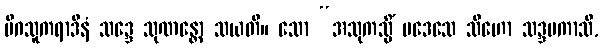
မိဂသူကရာဒီနံ သဒ္ဒေ သုဏန္တော သယတိ။ သော “အသုကသ္မိံ ပဒေသေ သီဟော သဒ္ဒမကာသိ,